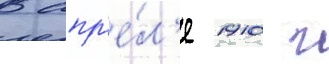
В апр'е́л'е 1910 г